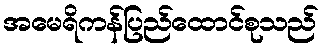
အမေရိကန်ပြည်ထောင်စုသည်